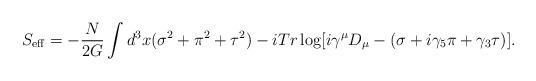
LaTeX: \begin{align*}S_{\rm eff}=-\frac{N}{2G}\int d^3x(\sigma^2+\pi^2+\tau^2)-iTr\log[i\gamma^\mu D_\mu-(\sigma+i\gamma_5\pi+\gamma_3\tau)].\end{align*}